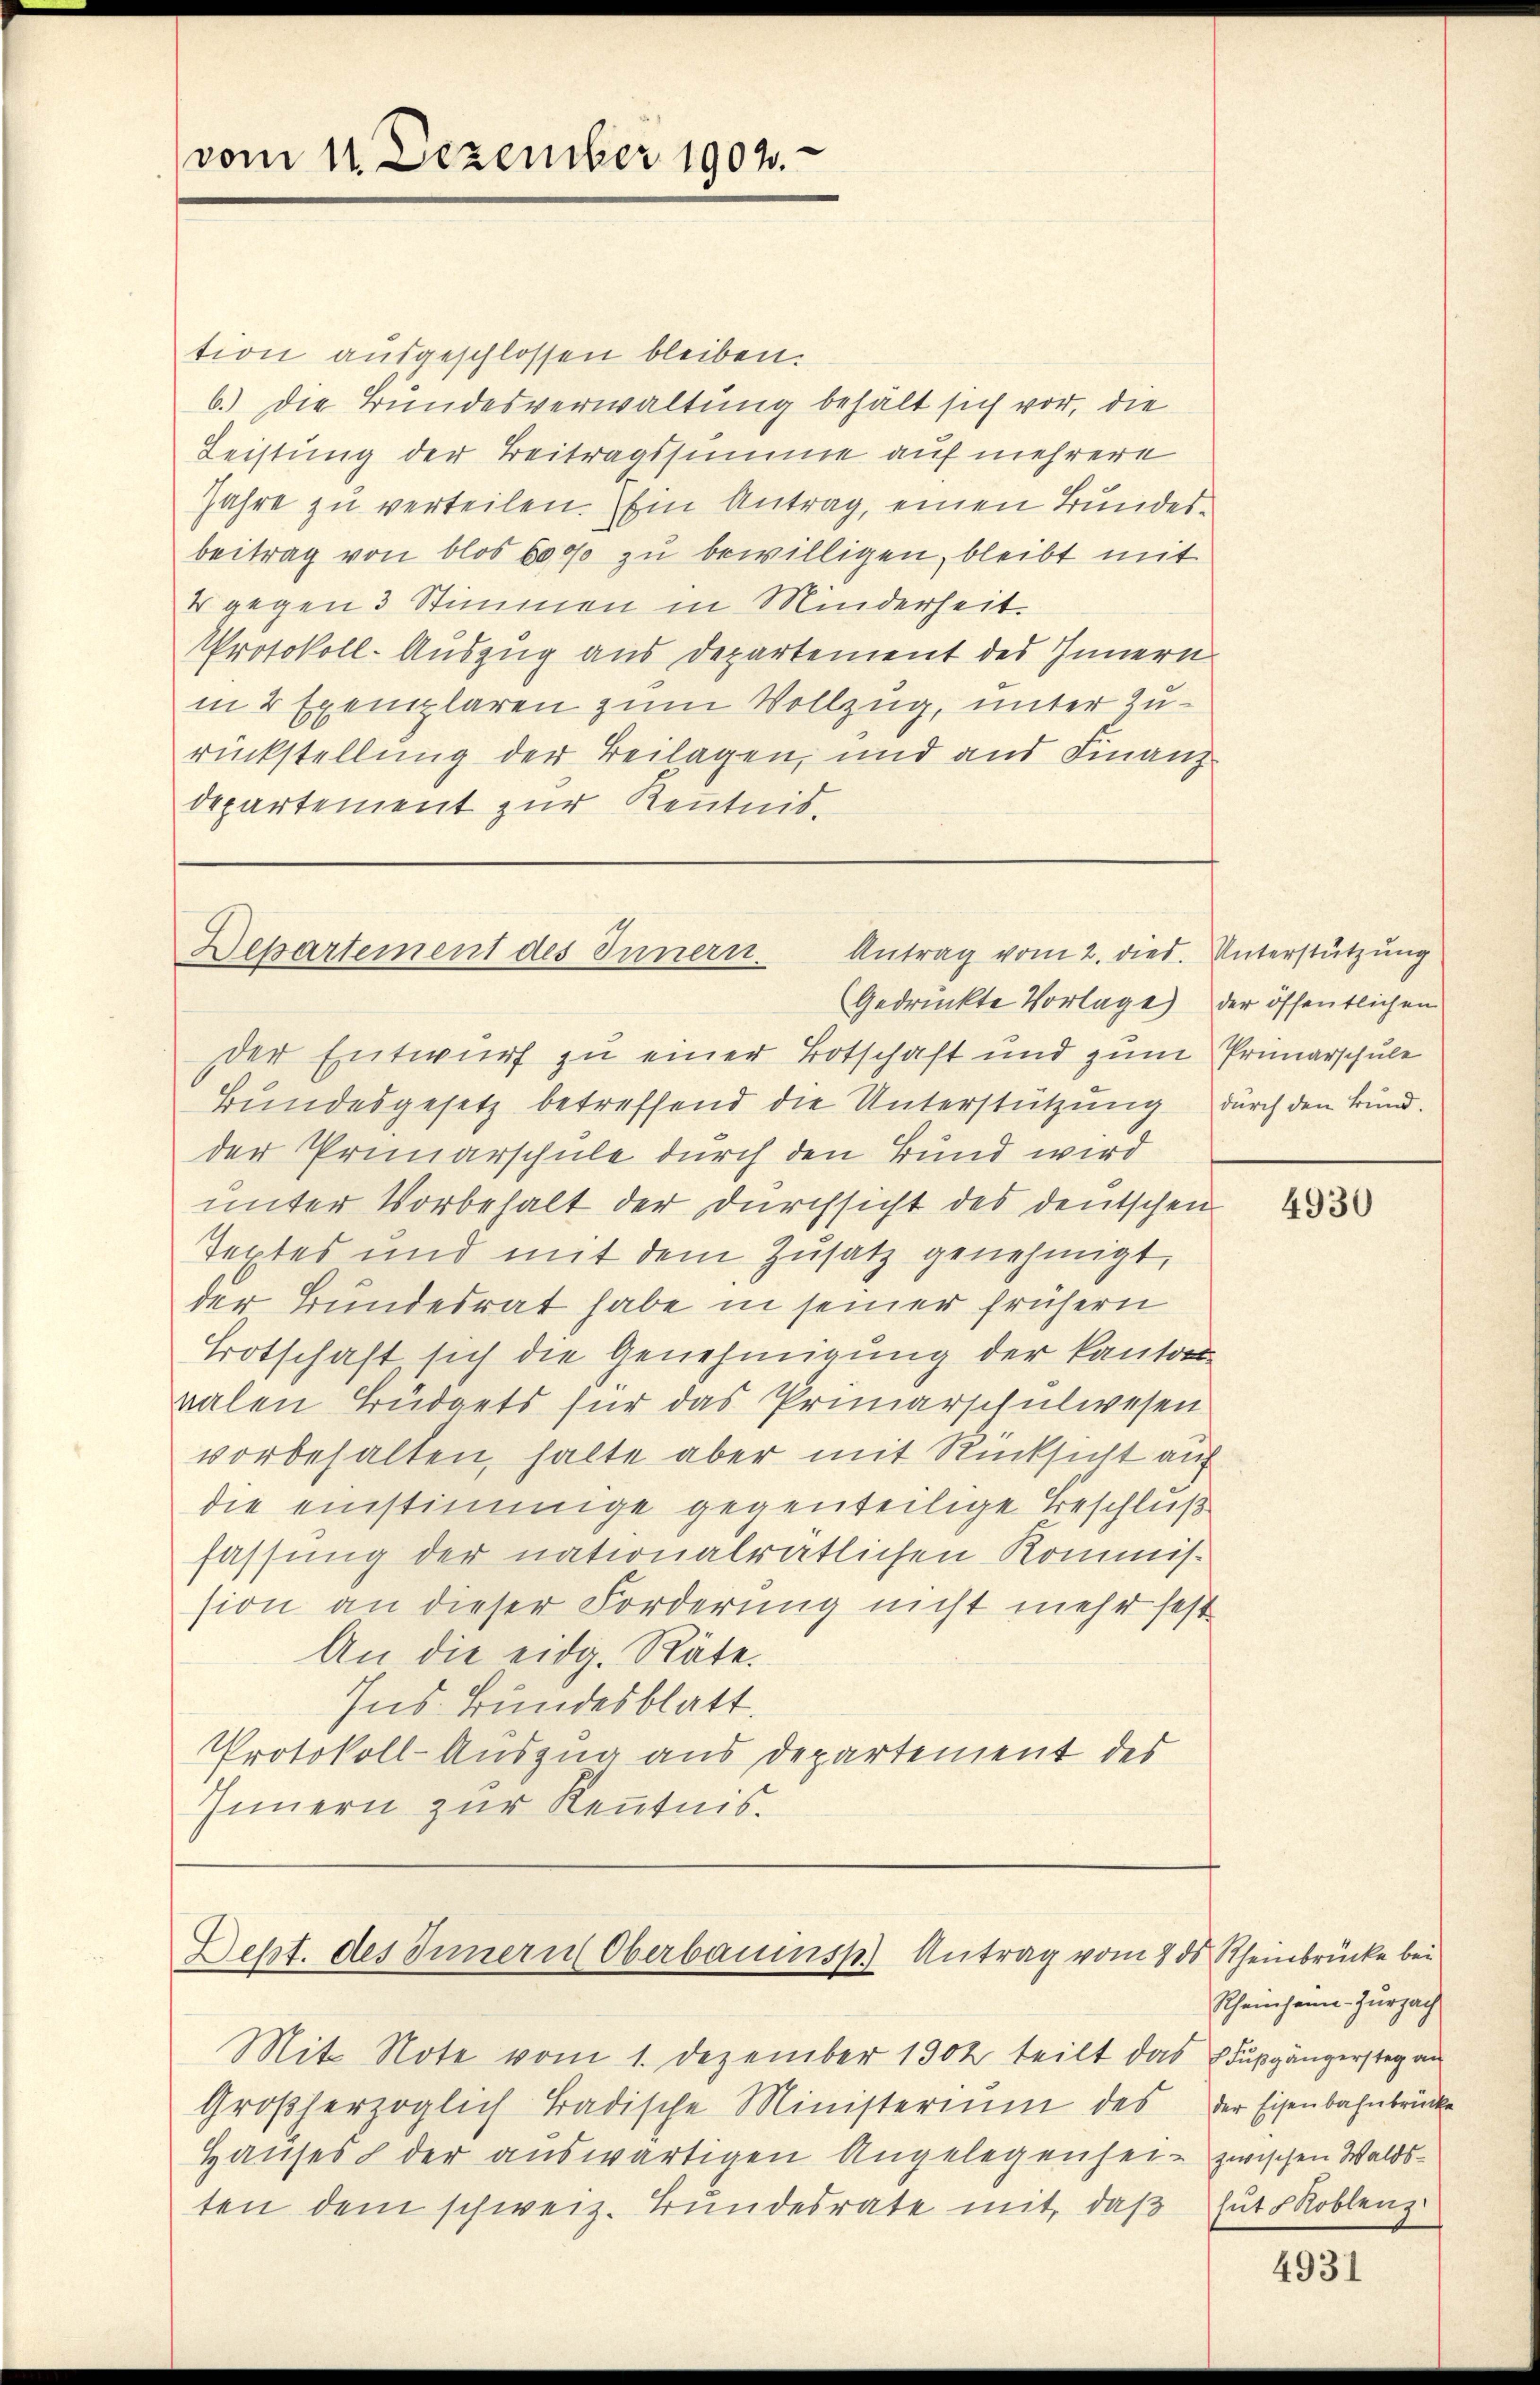
vom 11. Dezember 1902.

tion ausgeschlossen bleiben.
b.) Die Bundesverwaltung behält sich vor, die
Leistung der Beitragssumme auf mehrere
Jahre zu verteilen. Ein Antrag, einen Bundesbeitrag von blos 6000 zu bewilligen, bleibt mit
4 gegen 3 Stimmen in Minderheit.
Protokoll-Auszug aus Departement des Innern
in 2 Exemplaren zum Vollzug, unter Zurückstellung der Beilagen, und aus Finanz
departement zur Kenntnis.

Departement des Innern.
Antrag vom 2. dies. Unterstützung

Dept. des Innern Oberbauinsp. Antrag vom 8 ds Rheinbrücke bei

Gedruckte Vorlage), der öffentlichen
der Entwurf zu einer Botschaft und zum Primarschule
Bundesgesetz betreffend die Unterstützung durch den kundder Primarschule durch den Bund wird
unter Vorbehalt der Durchsicht des deutschen
Textes und mit dem Zusatz genehmigt,
der Bundesrat habe in seiner frühern
Brotschaft sich die Genehmigung der Kanton
valen Büdgets für das Primarschulwesen
vorbehalten, halte aber mit Rücksicht auf
die einstimmige gegenteilige Beschluß
fassung der nationalrätlichen Kommission an dieser Forderung nicht mehr fest
An die eidg. Räte.
Ins. Bundesblatt.
Protokoll-Auszug aus Departement des
Innern zur Kenntnis.

Mit Note vom 1. Dezember 1302 teilt das
Großherzoglich badische Ministerium des
Hauses & der auswärtigen Angelegenheit zwischen Waldsten dem schweiz. Bundesrate mit, daß

4930

Scheinheim Zurzach
FFußgängerstag an
der Eisenbahnbrücke
hut Roblenz

4931